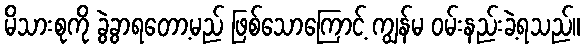
မိသားစုကို ခွဲခွာရတော့မည် ဖြစ်သောကြောင့် ကျွန်မ ဝမ်းနည်းခဲ့ရသည်။